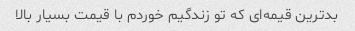
بدترین قیمه‌ای که تو زندگیم خوردم با قیمت بسیار بالا